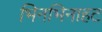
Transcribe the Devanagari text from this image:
भिनभिनाहट